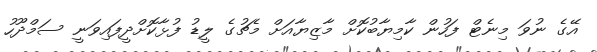
އޭގެ ނުވަ މިނެޓް ފަހުން ކާމިޔާބުކޮށް މާޒިޔާއަށް މެޗުގެ ލީޑު ފުޅާކޮށްދީފައިވަނީ ސަމްދޫހު